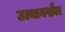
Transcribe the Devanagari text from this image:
उत्मानखैल